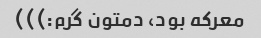
معرکه بود، دمتون گرم:)))